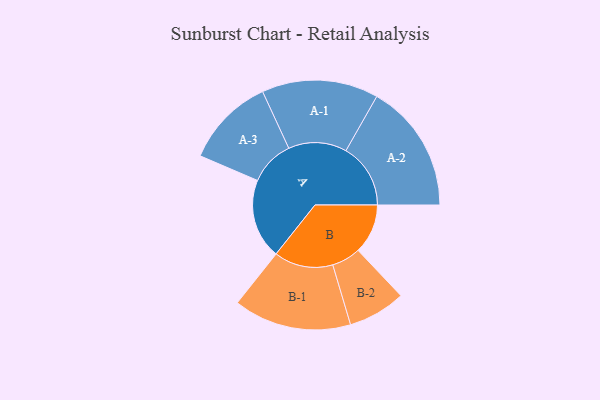
{"axis": {"x": "Segment", "y": "Value"}, "legend": ["", "A", "B"], "data": [{"x": "A", "y": 366, "type": ""}, {"x": "B", "y": 228, "type": ""}, {"x": "A-1", "y": 267, "type": "A"}, {"x": "A-2", "y": 296, "type": "A"}, {"x": "A-3", "y": 206, "type": "A"}, {"x": "B-1", "y": 270, "type": "B"}, {"x": "B-2", "y": 132, "type": "B"}]}